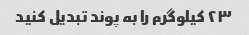
۲۳ کیلوگرم را به پوند تبدیل کنید